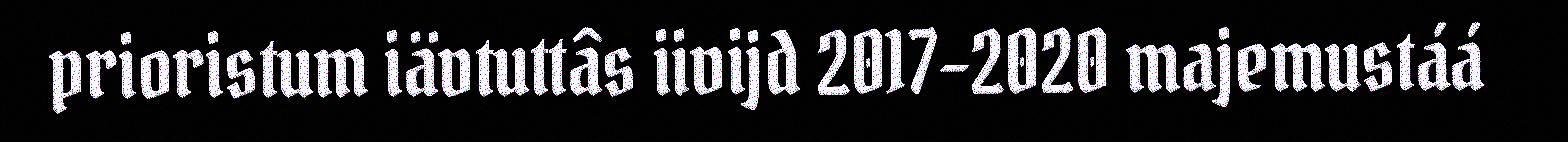
prioristum iävtuttâs iivijd 2017–2020 majemustáá